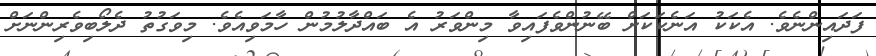
ފަދައިންނެވެ. އެކަކު އަނެކަކަށް ބޭނުންވެފައިވާ މިންވަރު އެ ބައްދާލުމުން ހާމަވިއެވެ. މިވަގުތު ދެލޯބިވެރިންނަށް